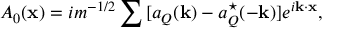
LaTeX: A _ { 0 } ( { \bf x } ) = i m ^ { - 1 / 2 } \sum { } [ a _ { Q } ( { \bf k } ) - a _ { Q } ^ { \star } ( - { \bf k } ) ] e ^ { i { \bf k \cdot x } } ,